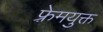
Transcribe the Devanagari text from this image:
फ़्रेमयुक्त